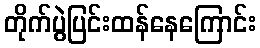
တိုက်ပွဲပြင်းထန်နေကြောင်း